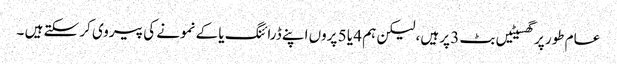
عام طور پر گھسیٹیں بٹ 3 پر ہیں، لیکن ہم 4 یا 5 پروں اپنے ڈرائنگ یا کے نمونے کی پیروی کر سکتے ہیں ۔